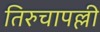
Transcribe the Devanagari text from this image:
तिरुचापल्ली